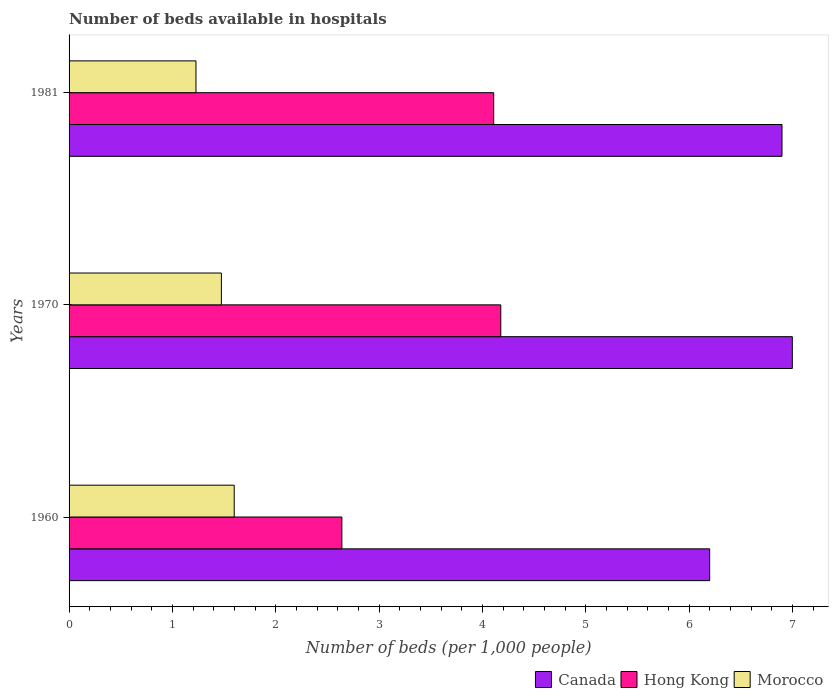
| Years | Canada | Hong Kong | Morocco |
 | --- | --- | --- | --- |
 | 1960 | 6.2 | 2.64 | 1.6 |
 | 1970 | 7 | 4.18 | 1.47 |
 | 1981 | 6.9 | 4.11 | 1.23 |